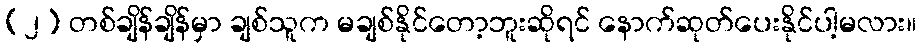
(၂) တစ်ချိန်ချိန်မှာ ချစ်သူက မချစ်နိုင်တော့ဘူးဆိုရင် နောက်ဆုတ်ပေးနိုင်ပါ့မလား။